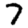
Digit: 7